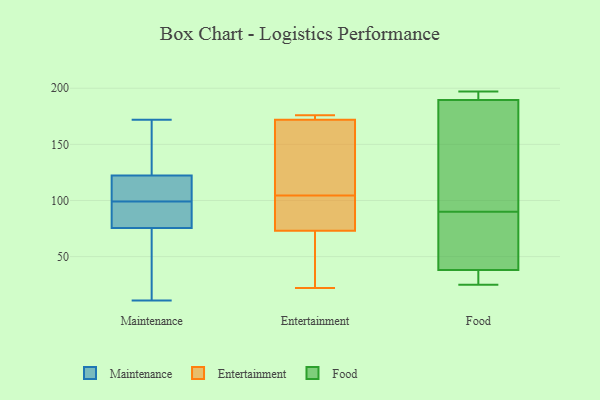
{"axis": {"x": "Headcount", "y": "Value"}, "legend": ["Entertainment", "Food", "Maintenance"], "data": [{"x": "", "y": 105, "type": "Maintenance"}, {"x": "", "y": 89, "type": "Maintenance"}, {"x": "", "y": 95, "type": "Maintenance"}, {"x": "", "y": 99, "type": "Maintenance"}, {"x": "", "y": 101, "type": "Maintenance"}, {"x": "", "y": 128, "type": "Maintenance"}, {"x": "", "y": 11, "type": "Maintenance"}, {"x": "", "y": 18, "type": "Maintenance"}, {"x": "", "y": 131, "type": "Maintenance"}, {"x": "", "y": 71, "type": "Maintenance"}, {"x": "", "y": 172, "type": "Maintenance"}, {"x": "", "y": 103, "type": "Entertainment"}, {"x": "", "y": 172, "type": "Entertainment"}, {"x": "", "y": 104, "type": "Entertainment"}, {"x": "", "y": 172, "type": "Entertainment"}, {"x": "", "y": 176, "type": "Entertainment"}, {"x": "", "y": 73, "type": "Entertainment"}, {"x": "", "y": 105, "type": "Entertainment"}, {"x": "", "y": 25, "type": "Entertainment"}, {"x": "", "y": 108, "type": "Entertainment"}, {"x": "", "y": 22, "type": "Entertainment"}, {"x": "", "y": 33, "type": "Food"}, {"x": "", "y": 194, "type": "Food"}, {"x": "", "y": 77, "type": "Food"}, {"x": "", "y": 188, "type": "Food"}, {"x": "", "y": 37, "type": "Food"}, {"x": "", "y": 191, "type": "Food"}, {"x": "", "y": 66, "type": "Food"}, {"x": "", "y": 25, "type": "Food"}, {"x": "", "y": 197, "type": "Food"}, {"x": "", "y": 118, "type": "Food"}, {"x": "", "y": 103, "type": "Food"}, {"x": "", "y": 39, "type": "Food"}]}